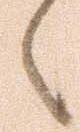
へ